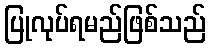
ပြုလုပ်ရမည်ဖြစ်သည်